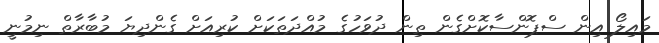
މައިލޯ އިން ސްޕޮންސާކޮށްގެން ތިން ދުވަހުގެ މުއްދަތަކަށް ކުރިއަށް ގެންދިޔަ މުބާރާތް ނިމުނީ